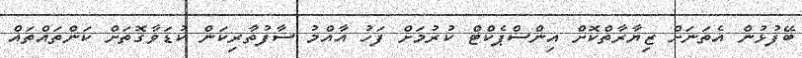
ބޭފުޅުން އެތަނަށް ޒިޔާރާތްކޮށް އިންސްޕެކްޓް ކުރުމަށް ފަހު އާއްމު ސާފުތާރިކަން ކުޑަވާގޮތަށް ކަންތައްތައް